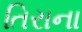
તિરાના